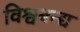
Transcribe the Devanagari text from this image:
विश्वबन्द्य